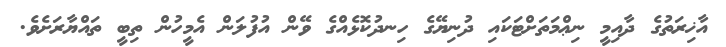
އާޚިރަތުގެ ދާއިމީ ނިޢްމަތަށްޓަކައި ދުނިޔޭގެ ހިނދުކޮޅެއްގެ ވޭން އުފުލަން އެމީހުން ތިބީ ތައްޔާރަށެވެ.